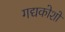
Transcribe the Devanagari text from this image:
गद्यकोशों